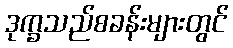
ဒုက္ခသည်စခန်းများတွင်